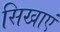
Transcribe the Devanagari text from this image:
सिखाएं